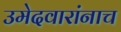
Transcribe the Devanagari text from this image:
उमेदवारांनाच